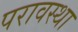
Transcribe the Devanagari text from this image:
परावस्था